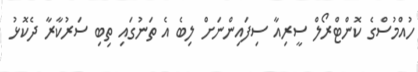
ހުއްމުސްގެ ކޮންޓްރޯލް ސީރިއާ ސިފައިންނަށް ލިބެ އެ ތަނުގައި ތިބި ސަރުކާރާ ދެކޮޅު